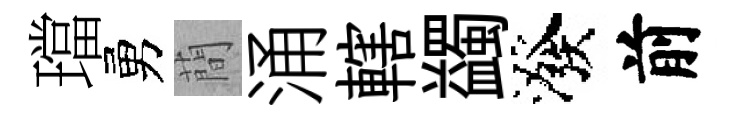
璫勇蕳涌轄蠲潑前